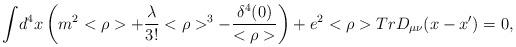
LaTeX: \begin{align*}{\int}d^{4}x\left(m^{2}<\rho>+\frac{\lambda}{3!}<\rho>^{3}-\frac{\delta^{4}(0)}{<\rho>}\right)+e^{2}<\rho>TrD_{\mu\nu}(x-x')=0,\end{align*}